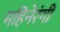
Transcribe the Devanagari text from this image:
महिनेरंगी